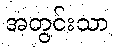
အတွင်းသာ